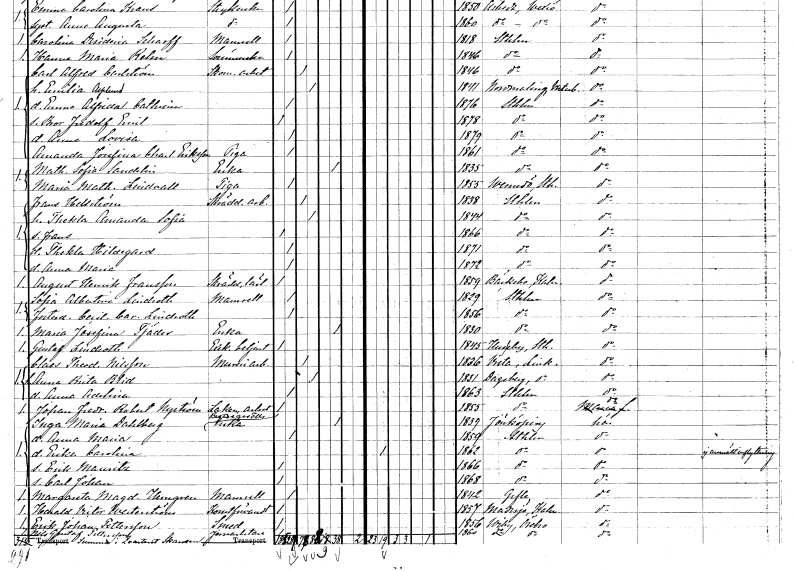
gt_parse: households: individuals: FN: Frans
EN: Hellström
YRKE: Skrädderiarbetare
KON: M
CIV: G
FODAR: 1838
FODFORS: Stockholm
FN: Thekla Amanda Sofia
KON: K
CIV: G
FODAR: 1844
FODFORS: Stockholm
FN: Frans
KON: M
CIV: O
FODAR: 1866
FODFORS: Stockholm
FN: Thekla Hildegard
KON: K
CIV: O
FODAR: 1871
FODFORS: Stockholm
FN: Anna Maria
KON: K
CIV: O
FODAR: 1872
FODFORS: Stockholm
FN: August Henrik
EN: Fransson
YRKE: Skräddarelärling
KON: M
CIV: O
FODAR: 1859
FODFORS: Bäckebo Kalmar län
FN: Sofia Albertina
EN: Lindroth
KON: K
CIV: O
FODAR: 1829
FODFORS: Stockholm
FN: Cecilia Carolina
EN: Lindroth
KON: K
CIV: O
FODAR: 1856
FODFORS: Stockholm
FN: Maria Josefina
EN: Tjäder
YRKE: Änka
KON: K
CIV: E
FODAR: 1830
FODFORS: Stockholm
FN: Gustaf
EN: Lindroth
YRKE: Exekutionsbetjänt
KON: M
CIV: O
FODAR: 1845
FODFORS: Husby-Ärlinghundra Stockholms län
FN: Claes Theodor
EN: Nilsson
YRKE: Mureriarbetare
KON: M
CIV: G
FODAR: 1836
FODFORS: Vreta kloster Östergötlands län
FN: Anna Brita
EN: Blid
KON: K
CIV: G
FODAR: 1831
FODFORS: Dagsberg Östergötlands län
FN: Anna Adelina
KON: K
CIV: O
FODAR: 1863
FODFORS: Stockholm
FN: Johan Fredrik Robert
EN: Nyström
YRKE: Lackeringsarbetare
KON: M
CIV: O
FODAR: 1855
FODFORS: Stockholm
FN: Inga Maria
EN: Dahlberg
YRKE: Bagaregesällsänka
KON: K
CIV: E
FODAR: 1839
FODFORS: Jönköping Jönköpings län
FN: Anna Maria
KON: K
CIV: O
FODAR: 1859
FODFORS: Stockholm
FN: Erika Carolina
KON: K
CIV: O
FODAR: 1862
FODFORS: Stockholm
FN: Erik Mauritz
KON: M
CIV: O
FODAR: 1866
FODFORS: Stockholm
FN: Carl Johan
KON: M
CIV: O
FODAR: 1868
FODFORS: Stockholm
FN: Margareta Magdalena
EN: Herngren
KON: K
CIV: O
FODAR: 1842
FODFORS: Gävle Gävleborgs län
FN: Harald Victor
EN: Westerström
YRKE: Konstförvandt
KON: M
CIV: O
FODAR: 1857
FODFORS: Madesjö Kalmar län
FN: Erik Johan
EN: Pettersson
YRKE: Smed
KON: M
CIV: O
FODAR: 1856
FODFORS: Viby Örebro län
FN: Nils Gustaf
EN: Pettersson
YRKE: Järnarbetare
KON: M
CIV: O
FODAR: 1860
FODFORS: Viby Örebro län